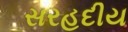
સરહદીય